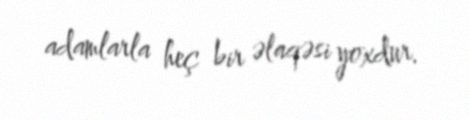
adamlarla heç bir əlaqəsi yoxdur.